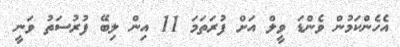
އެހެންކަމުން ވެންޑަ ވީލް އަށް ފުރަތަމަ 11 އިން ލިބޭ ފުރުސަތު ވަނީ